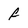
Character: f